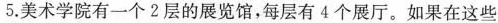
5.美术学院有一个2层的展览馆，每层有4个展厅。如果在这些